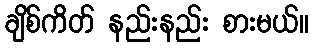
ချိစ်ကိတ် နည်းနည်း စားမယ်။